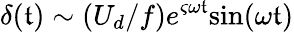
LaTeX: \delta(\mathfrak{t})\sim(U_{d}/f)e^{\varsigma\omega\mathfrak{t}}\mathrm{{sin}}(\omega\mathfrak{t})